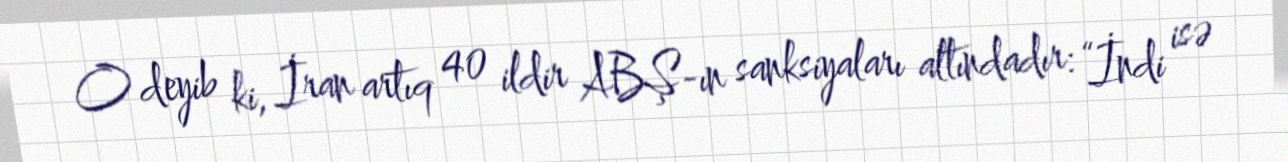
O deyib ki, İran artıq 40 ildir ABŞ-ın sanksiyaları altındadır: “İndi isə